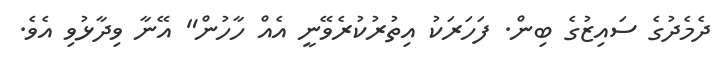
ދެމެދުގެ ސައިޒުގެ ބިން. ފަހަރަކު އިތުރުކުރެވޭނީ އެއް ހާހުން" އޭނާ ވިދާޅުވި އެވެ.